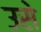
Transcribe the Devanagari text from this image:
उसेेेे